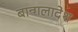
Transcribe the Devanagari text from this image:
बान्गलादेश